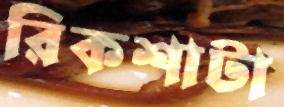
রিকশাটা